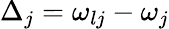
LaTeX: \Delta_{j}=\omega_{lj}-\omega_{j}